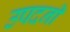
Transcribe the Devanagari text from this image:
उपदनी